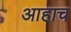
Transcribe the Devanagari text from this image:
आहाच